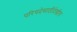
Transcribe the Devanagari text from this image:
परिषदेसाठीदेखील